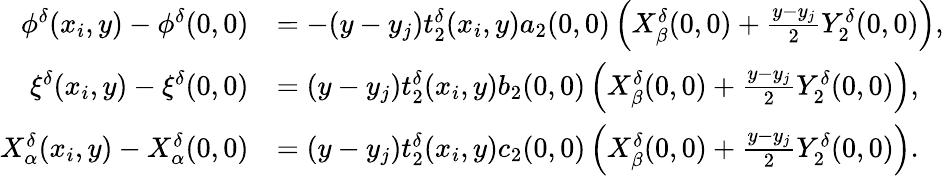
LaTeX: \begin{array}{rl}{\phi^{\delta}(x_{i},y)-\phi^{\delta}(0,0)}&{=-(y-y_{j})t_{2}^{\delta}(x_{i},y)a_{2}(0,0)\left(X_{\beta}^{\delta}(0,0)+\textstyle\frac{y-y_{j}}{2}Y_{2}^{\delta}(0,0)\right),}\\ {\xi^{\delta}(x_{i},y)-\xi^{\delta}(0,0)}&{=(y-y_{j})t_{2}^{\delta}(x_{i},y)b_{2}(0,0)\left(X_{\beta}^{\delta}(0,0)+\textstyle\frac{y-y_{j}}{2}Y_{2}^{\delta}(0,0)\right),}\\ {X_{\alpha}^{\delta}(x_{i},y)-X_{\alpha}^{\delta}(0,0)}&{=(y-y_{j})t_{2}^{\delta}(x_{i},y)c_{2}(0,0)\left(X_{\beta}^{\delta}(0,0)+\textstyle\frac{y-y_{j}}{2}Y_{2}^{\delta}(0,0)\right).}\end{array}